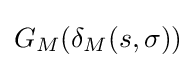
G_{M}(\delta _{M}(s,\sigma ))